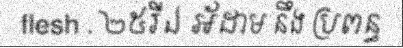
flesh . ២៥រីឯ អ័ដាម នឹង ប្រពន្ធ